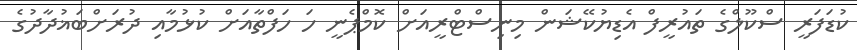
ކުޑަފަރީ ސްކޫލްގެ ތައުރީފް އެޑިޔުކޭޝަން މިނިސްޓްރީއަށް ކޮމްޕެނީ ހަ ހަފްތާއަށް ކުޅުމާއި ދުރަށްބަޣުދާދުގެ